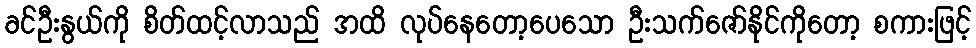
ခင်ဦးနွယ်ကို စိတ်ထင့်လာသည် အထိ လုပ်နေတော့ပေသော ဦးသက်ဇော်နိုင်ကိုတော့ စကားဖြင့်